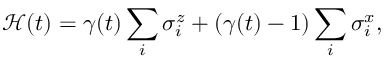
\mathcal { H } ( t ) = \gamma ( t ) \sum _ { i } \sigma _ { i } ^ { z } + ( \gamma ( t ) - 1 ) \sum _ { i } \sigma _ { i } ^ { x } ,